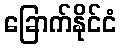
ခြောက်နိုင်ငံ